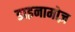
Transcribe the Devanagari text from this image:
डाइनामोज़